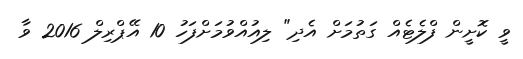
ވީ ކޮށީން ފްލެޓެއް ގަތުމަށް އެދި" ލިއުއްވުމަށްފަހު 10 އޭޕްރިލް 2016 ވާ